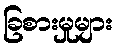
ခြစားမှုများ